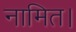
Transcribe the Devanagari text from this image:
नामित।